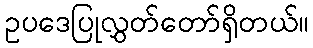
ဥပဒေပြုလွှတ်တော်ရှိတယ်။